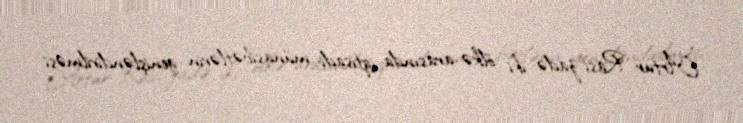
Artur Rasi-zadə iki ölkə arasında iqtisadi münasibətlərin genişləndirilməsi